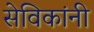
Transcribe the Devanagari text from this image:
सेविकांनी